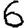
Digit: 6